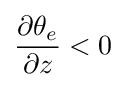
{\frac {\partial \theta _{e}}{\partial z}}<0